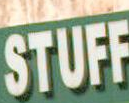
STUFF